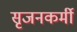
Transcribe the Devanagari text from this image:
सृजनकर्मी